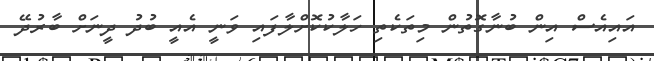
އައިއެސް އިން ބުނާގޮތުން މިތަކެތި ހަލާކުކޮށްލާފައި ވަނީ އެއީ ބުދު ދީނަށް ބާރުދޭ